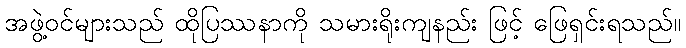
အဖွဲ့ဝင်များသည် ထိုပြဿနာကို သမားရိုးကျနည်း ဖြင့် ဖြေရှင်းရသည်။